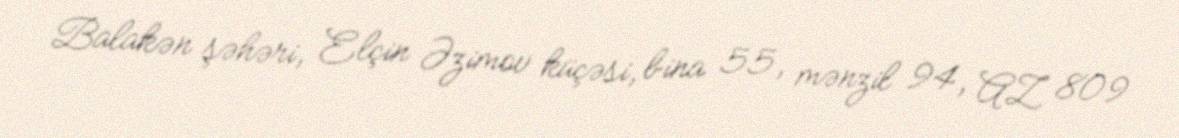
Balakən şəhəri, Elçin Əzimov küçəsi, bina 55, mənzil 94, AZ 809